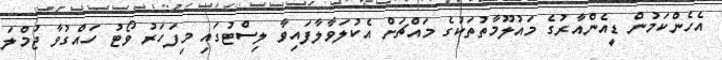
އެހެންކަމުން ޑީއެންއާރުގެ މައުލޫމާތުތަކުގެ މައްޗަށް އެކުލަވާލާފައިވާ ލިސްޓުގައި މިފަހަރު ވޯޓު ހައްގުވާ ޖުމްލަ